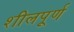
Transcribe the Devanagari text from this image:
शीलपूर्ण